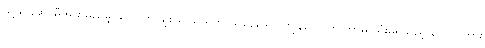
သူ့သားဆင်မီအား မည်မျှ လောက် ချစ်ခင်သည်ကို သိနေသော ကျွန်တော်က ဘာမှ သုံးမရသည့် ပေါလ် အား